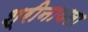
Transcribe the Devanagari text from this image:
श्रीनाथला